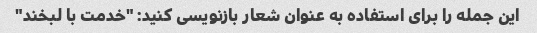
این جمله را برای استفاده به عنوان شعار بازنویسی کنید: "خدمت با لبخند"